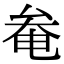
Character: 奙